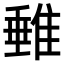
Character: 𨿠